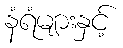
နံရံများနှင့်